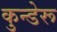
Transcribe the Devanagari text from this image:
कुन्डेरू